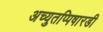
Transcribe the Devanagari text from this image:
अच्युतप्पिषारडी